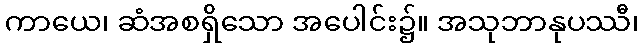
ကာယေ၊ ဆံအစရှိသော အပေါင်း၌။ အသုဘာနုပဿီ၊